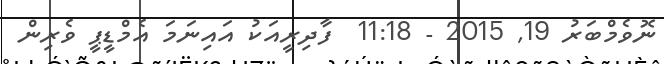
ނޮވެމްބަރު 19